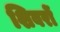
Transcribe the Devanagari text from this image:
शिवरों